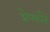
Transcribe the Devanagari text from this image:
प्रेमंते